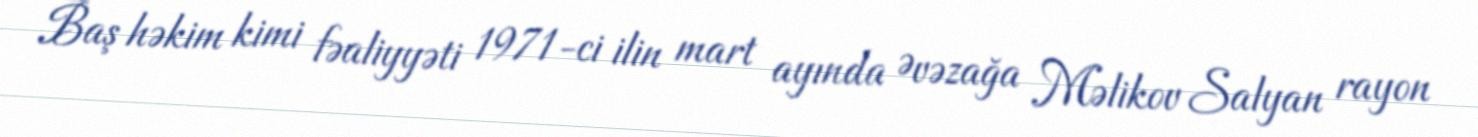
Baş həkim kimi fəaliyyəti 1971-ci ilin mart ayında Əvəzağa Məlikov Salyan rayon